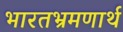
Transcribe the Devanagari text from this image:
भारतभ्रमणार्थ